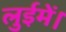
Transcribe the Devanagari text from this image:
लुईमें।